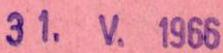
31.V.1966